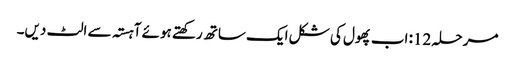
مرحلہ 12: اب پھول کی شکل ایک ساتھ رکھتے ہوئے آہستہ سے الٹ دیں۔